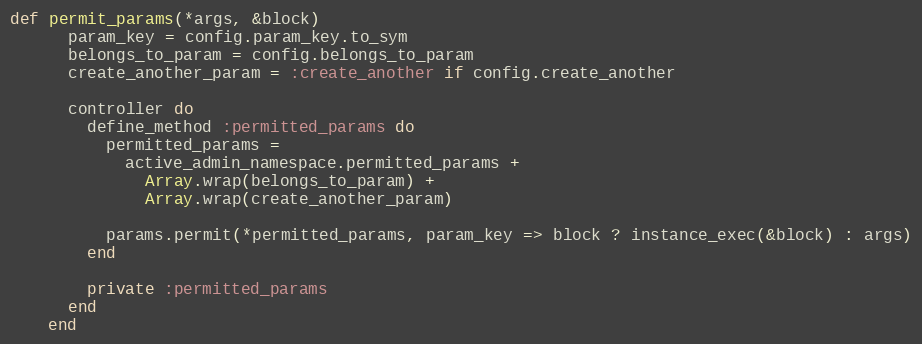
Language: Ruby
def permit_params(*args, &block)
      param_key = config.param_key.to_sym
      belongs_to_param = config.belongs_to_param
      create_another_param = :create_another if config.create_another

      controller do
        define_method :permitted_params do
          permitted_params =
            active_admin_namespace.permitted_params +
              Array.wrap(belongs_to_param) +
              Array.wrap(create_another_param)

          params.permit(*permitted_params, param_key => block ? instance_exec(&block) : args)
        end

        private :permitted_params
      end
    end